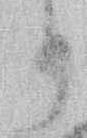
り